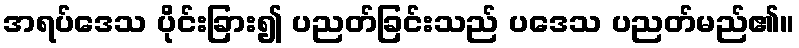
အရပ်ဒေသ ပိုင်းခြား၍ ပညတ်ခြင်းသည် ပဒေသ ပညတ်မည်၏။